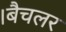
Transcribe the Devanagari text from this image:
।बैचलर